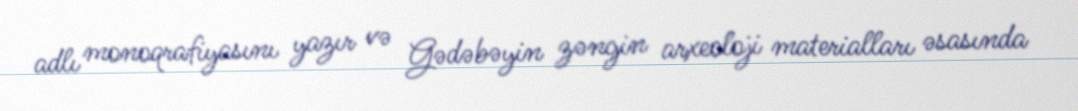
adlı monoqrafiyasını yazır və Gədəbəyin zəngin arxeoloji materialları əsasında